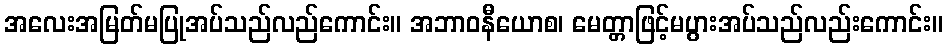
အလေးအမြတ်မပြုအပ်သည်လည်ကောင်း။ အဘာဝနီယောစ၊ မေတ္တာဖြင့်မပွားအပ်သည်လည်းကောင်း။